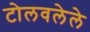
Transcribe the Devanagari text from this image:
टोलवलेले